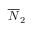
\overline { { N } } _ { 2 }